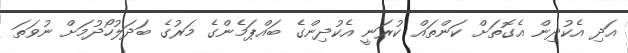
އަދި އެކުދިން އެގޮތަށް ކަންތައް ކުރަނީ އެކުދިންގެ ބައްޕަމެންގެ މަރުގެ ބަދަލުހޯދުމަށް ނުވަތަ